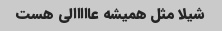
شیلا مثل همیشه عااااالی هست